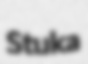
Stuka